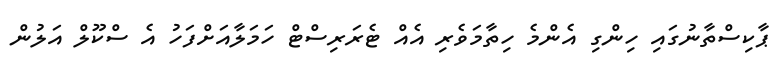
ޕާކިސްތާނުގައި ހިންގި އެންމެ ހިތާމަވެރި އެއް ޓެރަރިސްޓް ހަމަލާއަށްފަހު އެ ސްކޫލް އަލުން